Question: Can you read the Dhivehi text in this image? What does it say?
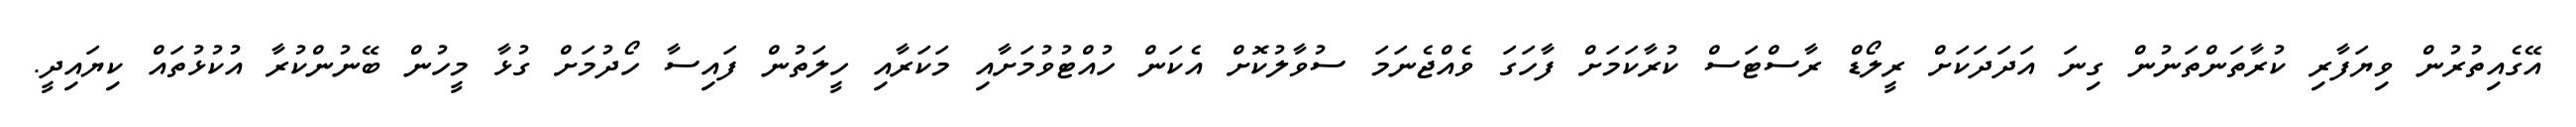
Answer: އޭގެއިތުރުން ވިޔަފާރި ކުރާތަންތަނުން ގިނަ އަދަދަކަށް ރީލޯޑް ރާސްޓަސް ކުރާކަމަށް ފާހަގަ ވެއްޖެނަމަ ސުވާލުކޮށް އެކަން ހުއްޓުވުމަށާއި މަކަރާއި ހީލަތުން ފައިސާ ހޯދުމަށް ގުޅާ މީހުން ބޭނުންކުރާ އުކުޅުތައް ކިޔައިދީ.